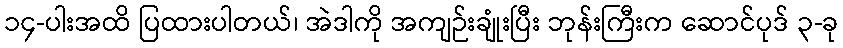
၁၄-ပါးအထိ ပြထားပါတယ်၊ အဲဒါကို အကျဉ်းချုံးပြီး ဘုန်းကြီးက ဆောင်ပုဒ် ၃-ခု